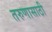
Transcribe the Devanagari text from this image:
तरुणासाठी